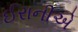
ઈરાનીએ